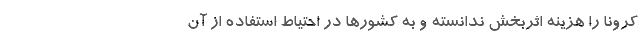
کرونا را هزینه اثربخش ندانسته و به کشورها در احتیاط استفاده از آن